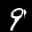
Label: 9